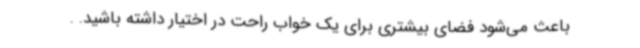
باعث می‌شود فضای بیشتری برای یک خواب راحت در اختیار داشته باشید. .